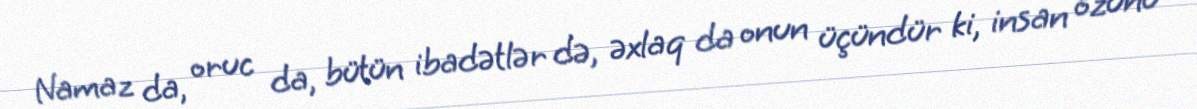
Namaz da, oruc da, bütün ibadətlər də, əxlaq da onun üçündür ki, insan özünü